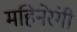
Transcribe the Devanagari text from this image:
महिनेरंगी